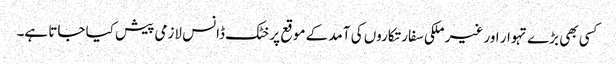
کسی بھی بڑے تہوار اور غیر ملکی سفارتکاروں کی آمد کے موقع پر خٹک ڈانس لازمی پیش کیا جاتا ہے۔